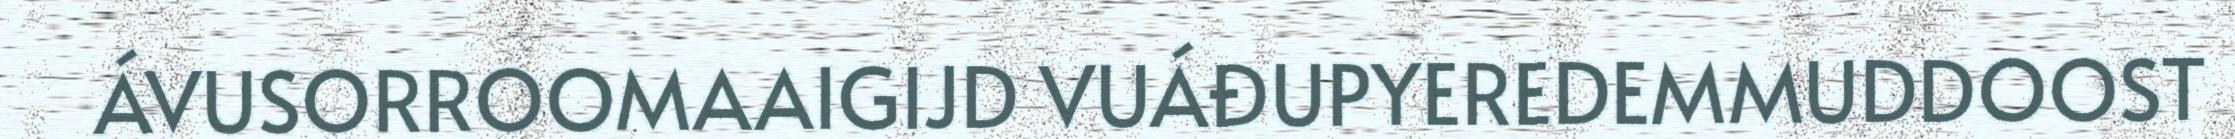
ÁVUSORROOMAAIGIJD VUÁĐUPYEREDEMMUDDOOST